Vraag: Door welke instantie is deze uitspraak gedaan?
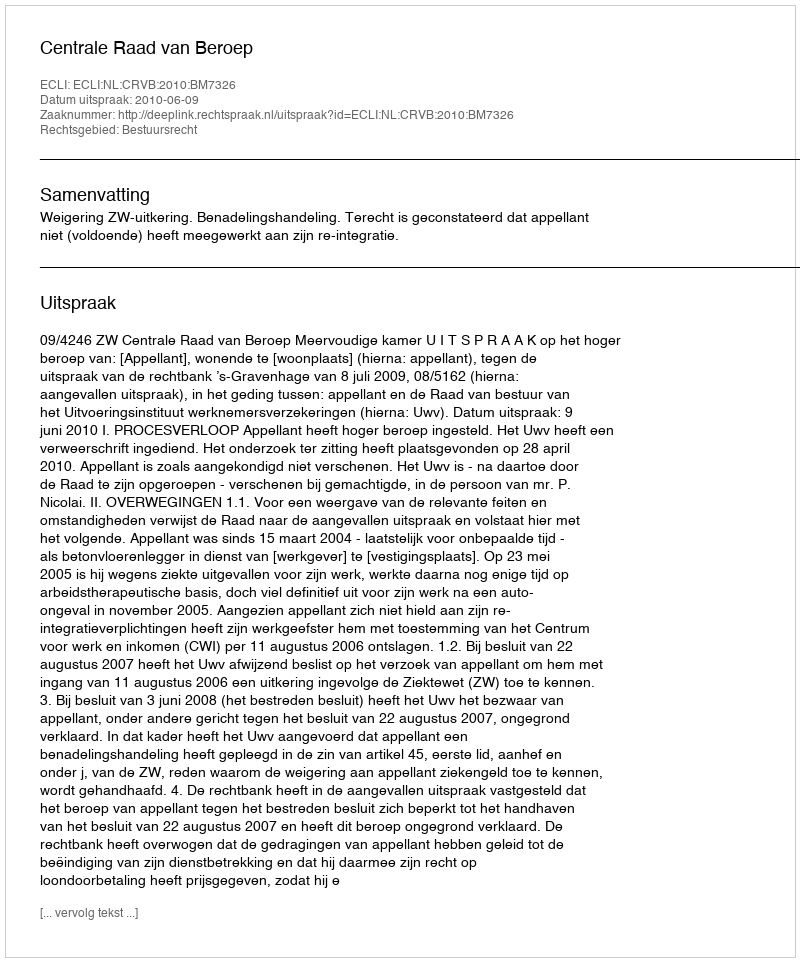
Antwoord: Centrale Raad van Beroep